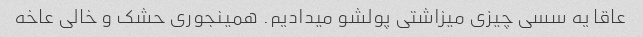
عاقا یه سسی چیزی میزاشتی پولشو میدادیم. همینجوری حشک و خالی عاخه